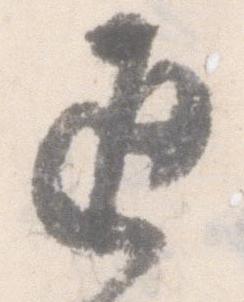
返